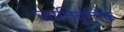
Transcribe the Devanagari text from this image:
जातिवृत्तिक